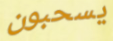
يسحبون